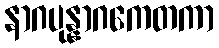
နာဂပုန္နာဂကေတကာ